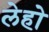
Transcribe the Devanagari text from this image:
लेहो